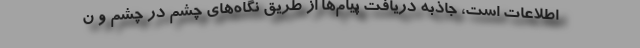
اطلاعات است، جاذبه دریافت پیام‌ها از طریق نگاه‌های چشم در چشم و ن